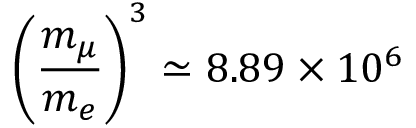
\left( \frac { m _ { \mu } } { m _ { e } } \right) ^ { 3 } \simeq 8 . 8 9 \times 1 0 ^ { 6 }